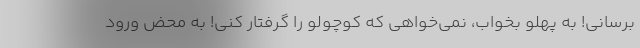
برسانی! به پهلو بخواب، نمی‌خواهی که کوچولو را گرفتار کنی! به محض ورود